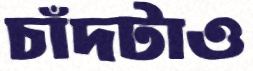
চাঁদটাও